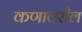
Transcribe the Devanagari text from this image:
कणावरील